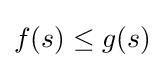
f(s)\leq g(s)